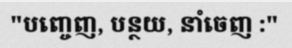
"បញ្ចេញ, បន្ថយ, នាំចេញ :"